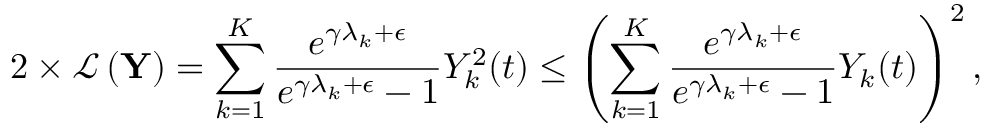
2 \times \mathcal { L } \left( \mathbf { Y } \right) = \sum _ { k = 1 } ^ { K } \frac { e ^ { \gamma \lambda _ { k } + \epsilon } } { e ^ { \gamma \lambda _ { k } + \epsilon } - 1 } Y _ { k } ^ { 2 } ( t ) \leq \left( \sum _ { k = 1 } ^ { K } \frac { e ^ { \gamma \lambda _ { k } + \epsilon } } { e ^ { \gamma \lambda _ { k } + \epsilon } - 1 } Y _ { k } ( t ) \right) ^ { 2 } ,